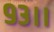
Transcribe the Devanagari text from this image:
९३।।